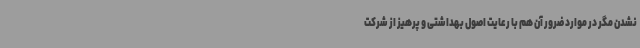
نشدن مگر در موارد ضرور آن هم با رعایت اصول بهداشتی و پرهیز از شرکت